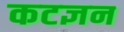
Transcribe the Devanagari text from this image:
कटज्ञन